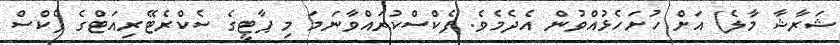
ޝަރާޝާ މާލެ) އަށް ހުށަހެޅުއްވުން އެދެމެވެ. ފެކްސްކުރައްވާނަމަ މި ޕާޓީގެ ސެކްރެޓޭރިއަޓްގެ ފެކްސް